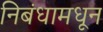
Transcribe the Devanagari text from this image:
निबंधामधून